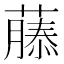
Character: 𮑚